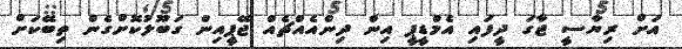
އަށް ރިޔާސީ ޖާގަ ދީފައި އެމްޑީޕީ އިން ދިންއެއްޗެއް ޖޭޕީއިން ގަބޫލުކޮށްގެން ތިބޭކަށް